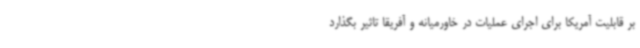
بر قابلیت آمریکا برای اجرای عملیات در خاورمیانه و آفریقا تاثیر بگذارد